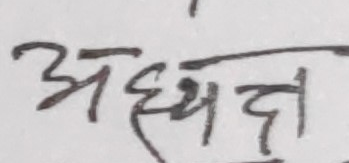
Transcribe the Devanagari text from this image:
अध्यन